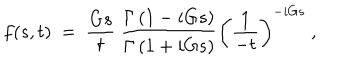
f ( s , t ) ~ = ~ \frac { G s } { t } ~ \frac { \Gamma \left( 1 - i G s \right) } { \Gamma \left( 1 + i G s \right) } \left( \frac { 1 } { - t } \right) ^ { - i G s } ~ ,